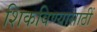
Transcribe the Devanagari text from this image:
शिकविण्यासाठीं